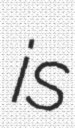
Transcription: is